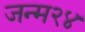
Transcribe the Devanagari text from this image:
जन्म२४